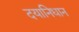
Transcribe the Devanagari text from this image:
दयानिधान